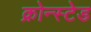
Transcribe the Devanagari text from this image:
क्रोन्स्टेड